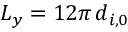
{ L _ { y } = 1 2 \pi \, d _ { i , 0 } }